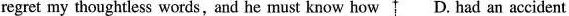
regret my thoughtless words,and he must know how D. had an accident